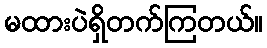
မထားပဲရှိတက်ကြတယ်။